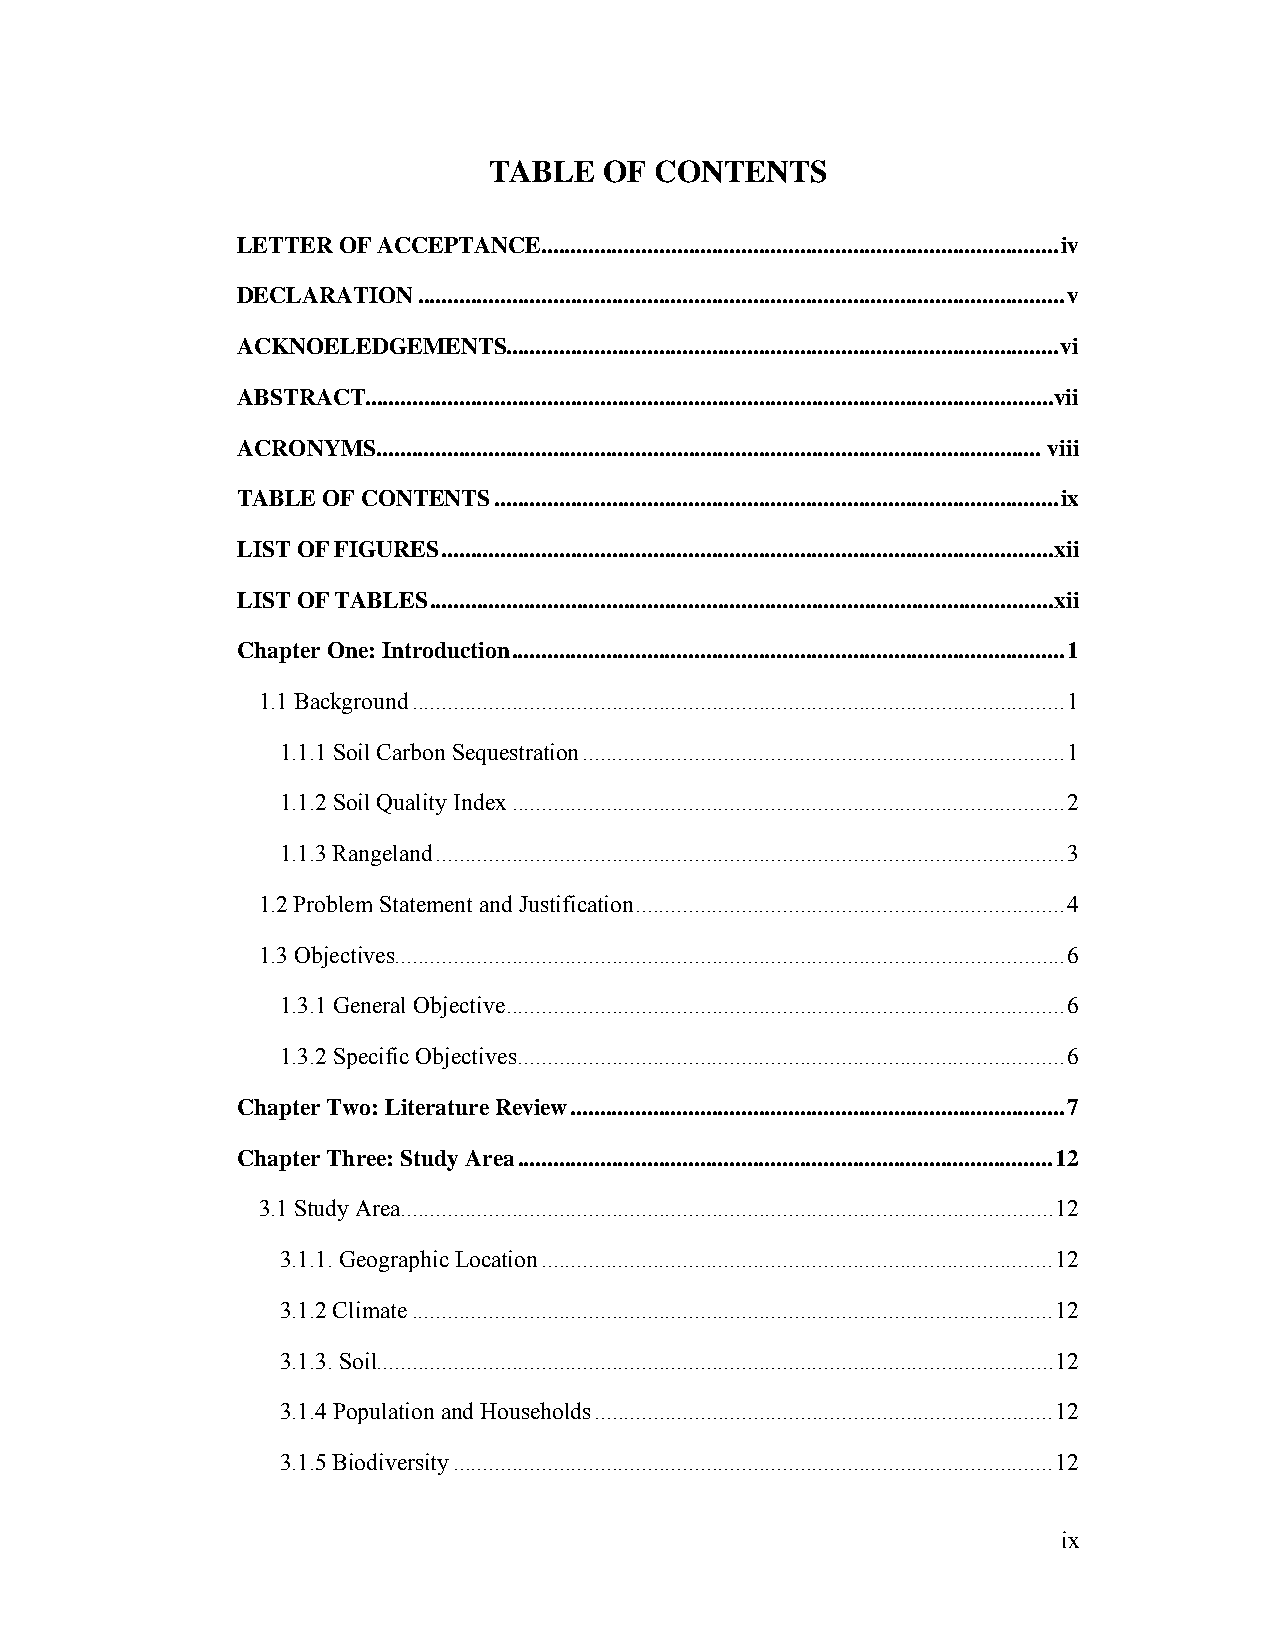
TABLE   OF CONTENTS
 LETTER OF ACCEPTANCE ........................................................................................ iv
 DECLARATION .............................................................................................................. v
 ACKNOELEDGEMENTS  .............................................................................................. vi
 ABSTRACT ..................................................................................................................... vii
 ACRONYMS ................................................................................................................. viii
 TABLE OF CONTENTS ................................................................................................ ix
 LIST OF FIGURES ........................................................................................................ xii
 LIST OF TABLES .......................................................................................................... xii
 Chapter One: Introduction .............................................................................................. 1
 1.1 Background ............................................................................................................... 1
 1.1.1 Soil Carbon Sequestration .................................................................................. 1
 1.1.2 Soil Quality Index .............................................................................................. 2
 1.1.3 Rangeland ........................................................................................................... 3
 1.2 Problem Statement and Justification ......................................................................... 4
 1.3 Objectives .................................................................................................................. 6
 1.3.1 General Objective ............................................................................................... 6
 1.3.2 Specific Objectives ............................................................................................. 6
 Chapter Two: Literature Review .................................................................................... 7
 Chapter Three: Study Area ........................................................................................... 12
 3.1 Study Area ............................................................................................................... 12
 3.1.1. Geographic Location ....................................................................................... 12
 3.1.2 Climate ............................................................................................................. 12
 3.1.3. Soil ................................................................................................................... 12
 3.1.4 Population and Households .............................................................................. 12
 3.1.5 Biodiversity ...................................................................................................... 12
 ix